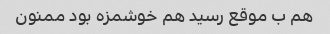
هم ب موقع رسید هم خوشمزه بود ممنون